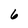
Character: 6